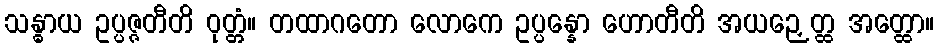
သန္ဓာယ ဥပ္ပဇ္ဇတီတိ ဝုတ္တံ။ တထာဂတော လောကေ ဥပ္ပန္နော ဟောတီတိ အယဉှေတ္ထ အတ္ထော။